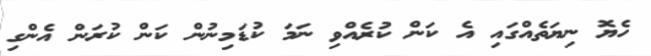
ހެޔޮ ނިޔަތެއްގައި އެ ކަން ކުރެއްވި ނަމަ ކުޑަމިނުން ކަން ކުރަން އެންގި